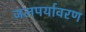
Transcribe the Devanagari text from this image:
जलपर्यावरण